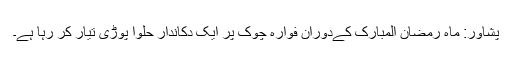
پشاور: ماہ رمضان المبارک کےدوران فوارہ چوک پر ایک دکاندار حلوا پوڑی تیار کر رہا ہے۔